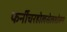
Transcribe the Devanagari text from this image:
फर्नीचरहोलसेलशोरूम